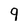
Character: 9